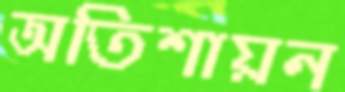
অতিশায়ন